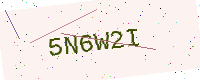
Text: 5N6W2I